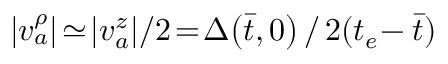
| v _ { a } ^ { \rho } | \! \simeq \! | v _ { a } ^ { z } | / 2 \! = \! \Delta \! \left( \bar { t } , 0 \right) / \, 2 ( t _ { e } \! - \bar { t } )